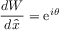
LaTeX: { \frac { d { \cal W } } { d \hat { x } } } = \mathrm { e } ^ { i \theta }